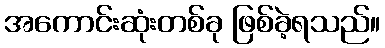
အကောင်းဆုံးတစ်ခု ဖြစ်ခဲ့ရသည်။